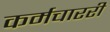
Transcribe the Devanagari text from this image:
कर्मचाररी